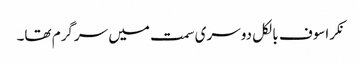
نکراسوف بالکل دوسری سمت میں سرگرم تھا۔